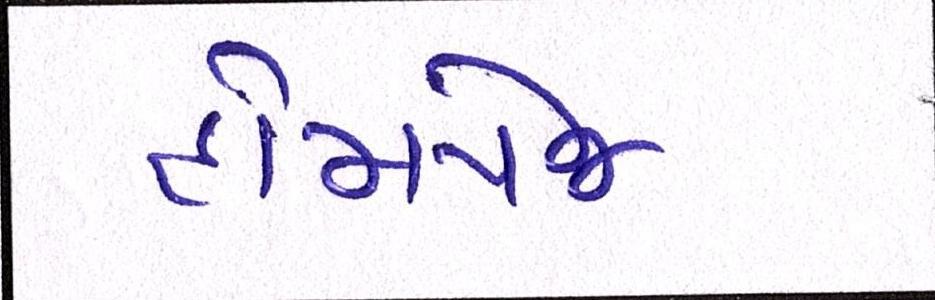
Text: હોમપેજ